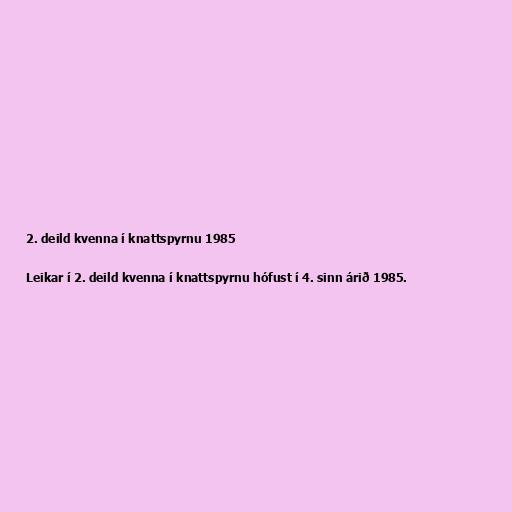
2. deild kvenna í knattspyrnu 1985

Leikar í 2. deild kvenna í knattspyrnu hófust í 4. sinn árið 1985.